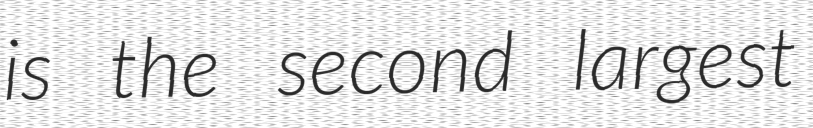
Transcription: is the second largest